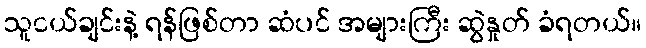
သူငယ်ချင်းနဲ့ ရန်ဖြစ်တာ ဆံပင် အများကြီး ဆွဲနှုတ် ခံရတယ်။